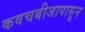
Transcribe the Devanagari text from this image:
कवचबीजापासून